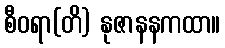
စီဝရာ(တိ) နုဇာနနကထာ။